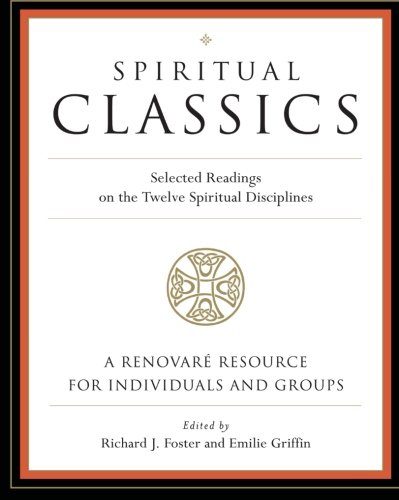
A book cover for Spiritual Classics: Selected Readings on the Twelve Spiritual Disciplines; Renovare; Christian Books & Bibles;